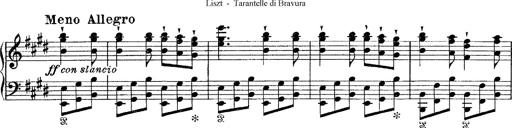
Title: Tarantelle di bravura dâ€™aprÃ¨s la tarantelle de La muette de Portici
Composer: Franz Liszt